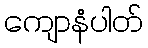
ကျောနံပါတ်